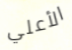
الأعلي